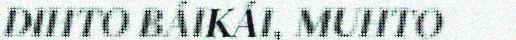
DIHTO BÁIKÁI, MUHTO